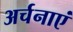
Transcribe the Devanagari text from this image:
अर्चनाएं